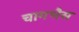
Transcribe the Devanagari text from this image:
चागभैस